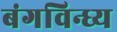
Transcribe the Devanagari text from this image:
बंगविन्ध्य